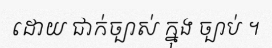
ដោយ ជាក់ច្បាស់ ក្នុង ច្បាប់ ។